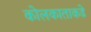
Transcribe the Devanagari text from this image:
कोलकाताकडे